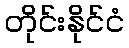
တိုင်းနိုင်ငံ